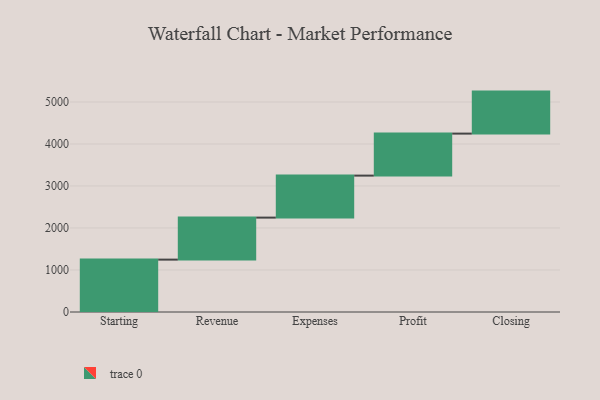
{"axis": {"x": "Step", "y": "Value"}, "legend": [""], "data": [{"x": "Starting", "y": 1247.0, "type": ""}, {"x": "Revenue", "y": 1000, "type": ""}, {"x": "Expenses", "y": 1000, "type": ""}, {"x": "Profit", "y": 1000, "type": ""}, {"x": "Closing", "y": 1000, "type": ""}]}